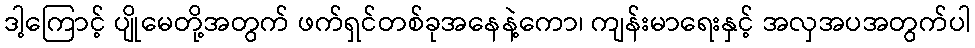
ဒါ့ကြောင့် ပျိုမေတို့အတွက် ဖက်ရှင်တစ်ခုအနေနဲ့ကော၊ ကျန်းမာရေးနှင့် အလှအပအတွက်ပါ